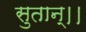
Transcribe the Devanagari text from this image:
सुतान्।।